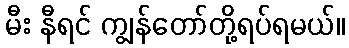
မီး နီရင် ကျွန်တော်တို့ရပ်ရမယ်။